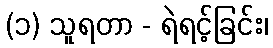
(၁) သူရတာ - ရဲရင့်ခြင်း၊